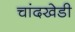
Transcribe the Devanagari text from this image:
चांदखेडी